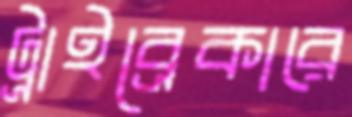
ট্রাইব্রেকারে